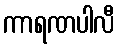
ကာရဏပါလီ